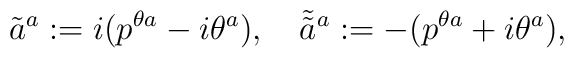
\tilde{a}^a := i(p^{\theta a}-i\theta^a), \quad\tilde{ \tilde{a}}{ }^a := -(p^{\theta a}+i\theta^a),